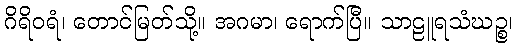
ဂိရိဝရံ၊ တောင်မြတ်သို့။ အဂမာ၊ ရောက်ပြီ။ သာဠူရသံဃဉ္စ၊